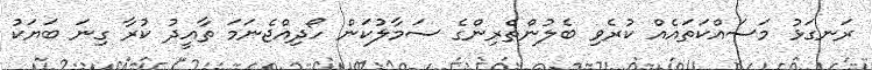
ރަނގަޅު މަސައްކަތައެއް ކުރެވި ބެލުންތެރިންގެ ސަމާލުކަން ހޯދިއްޖެނަމަ ތާއީދު ކުރާ ގިނަ ބަޔަކު